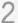
2